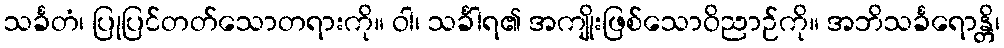
သင်္ခတံ၊ ပြုပြင်တတ်သောတရားကို။ ဝါ၊ သင်္ခါရ၏ အကျိုးဖြစ်သောဝိညာဉ်ကို။ အဘိသင်္ခရောန္တိ၊